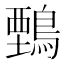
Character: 𪃋